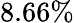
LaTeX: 8.66\%